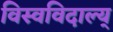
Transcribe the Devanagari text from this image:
विस्वविदाल्य्